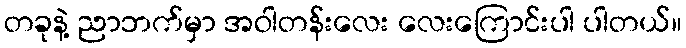
တခုနဲ့ ညာဘက်မှာ အဝါတန်းလေး လေးကြောင်းပါ ပါတယ်။